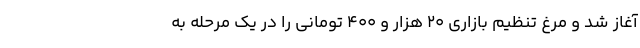
آغاز شد و مرغ تنظیم بازاری ۲۰ هزار و ۴۰۰ تومانی را در یک مرحله به